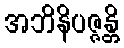
အဘိနိပဇ္ဇန္တိ